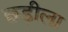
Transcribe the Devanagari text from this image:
छड़ीला